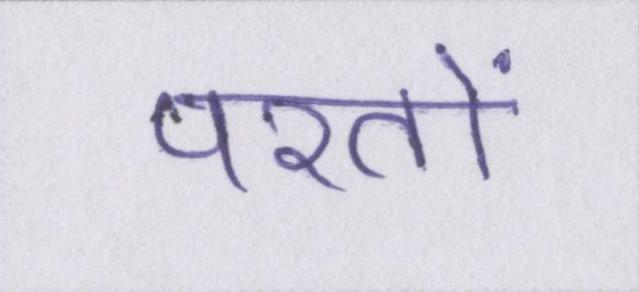
परतों